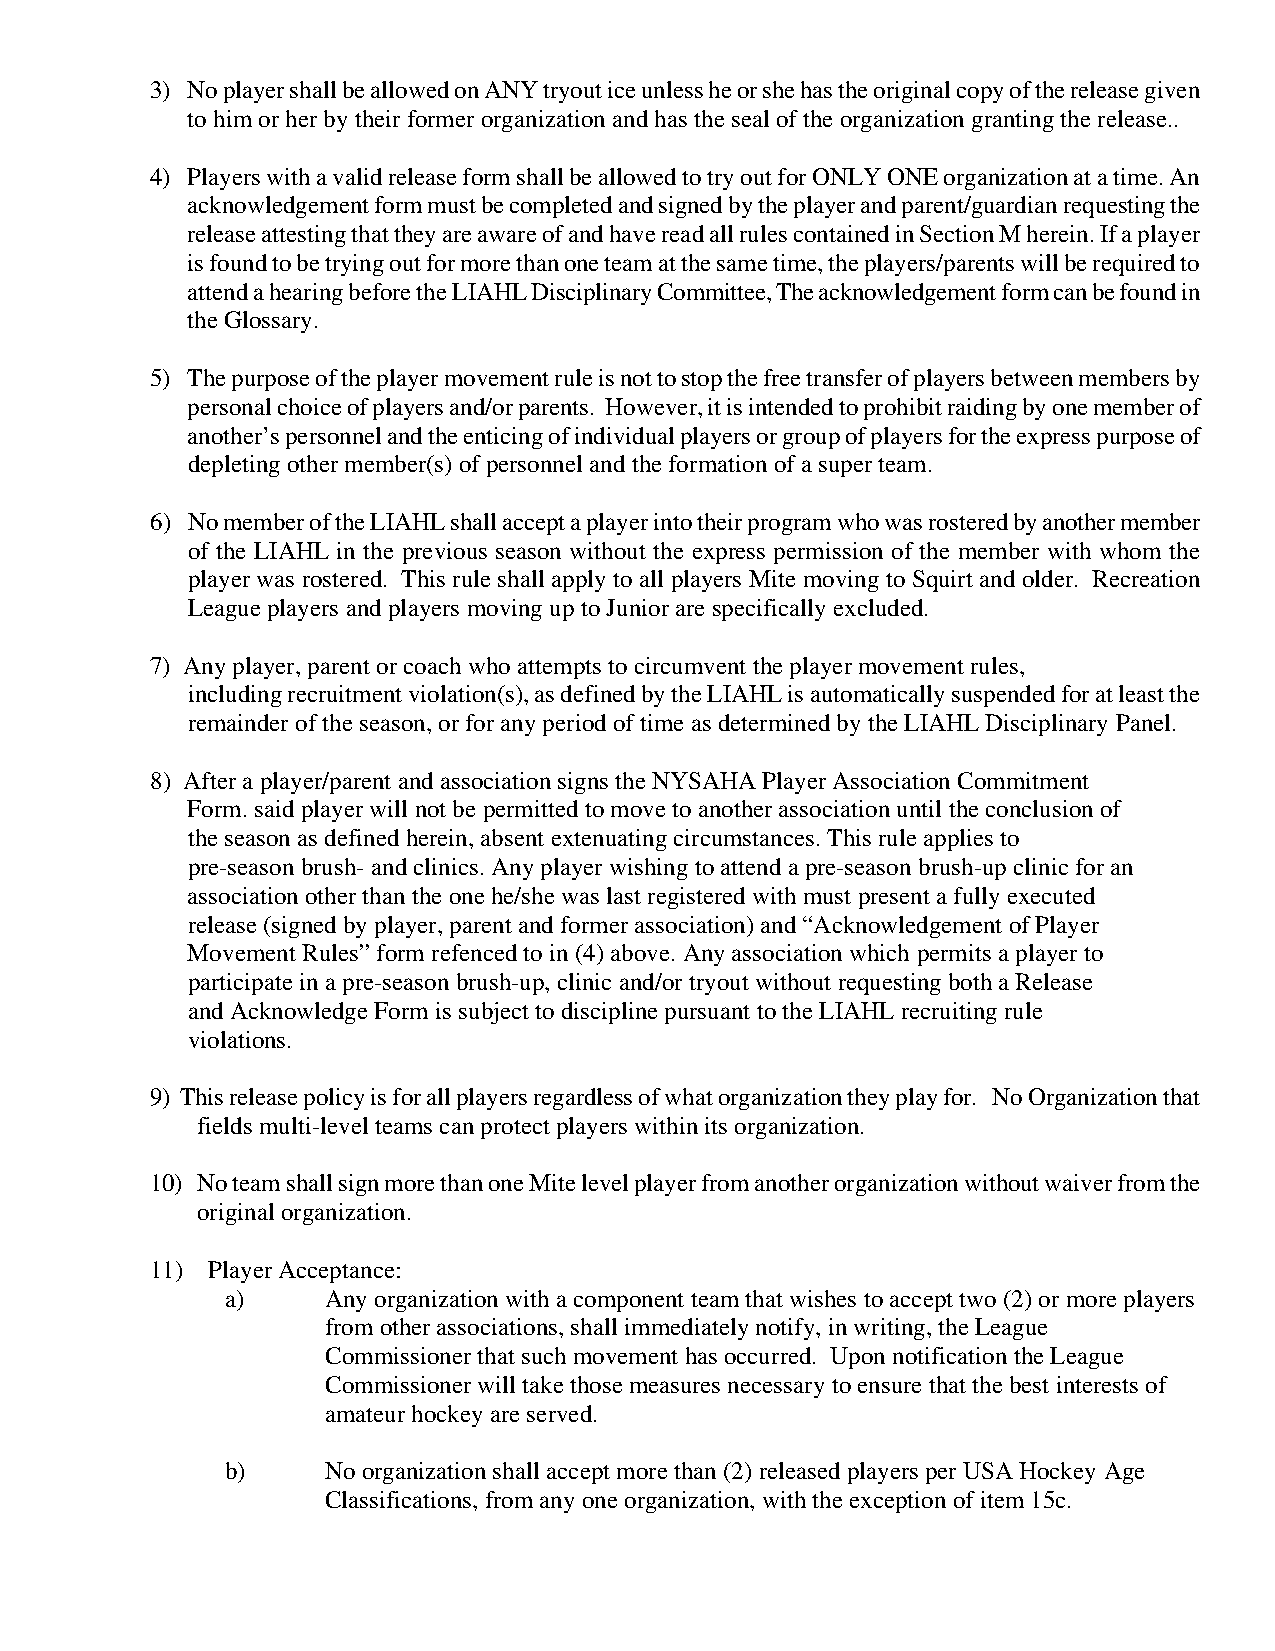
3) No player shall be allowed on ANY tryout ice unless he or she has the original copy of the release given
 to him or her by their former organization and has the seal of the organization granting the release..
 4) Players with a valid release form shall be allowed to try out for ONLY ONE organization at a time. An
 acknowledgement form must be completed and signed by the player and parent/guardian requesting the
 release attesting that they are aware of and have read all rules contained in Section M herein. If a player
 is found to be trying out for more than one team at the same time, the players/parents will be required to
 attend a hearing before the LIAHL Disciplinary Committee, The acknowledgement form can be found in
 the Glossary.
 5) The purpose of the player movement rule is not to stop the free transfer of players between members by
 personal choice of players and/or parents. However, it is intended to prohibit raiding by one member of
 another’s personnel and the enticing of individual players or group of players for the express purpose of
 depleting other member(s) of personnel and the formation of a super team.
 6) No member of the LIAHL shall accept a player into their program who was rostered by another member
 of the LIAHL in the previous season without the express permission of the member with whom the
 player was rostered. This rule shall apply to all players Mite moving to Squirt and older. Recreation
 League players and players moving up to Junior are specifically excluded.
 7) Any player, parent or coach who attempts to circumvent the player movement rules,
 including recruitment violation(s), as defined by the LIAHL is automatically suspended for at least the
 remainder of the season, or for any period of time as determined by the LIAHL Disciplinary Panel.
 8) After a player/parent and association signs the NYSAHA Player Association Commitment
 Form. said player will not be permitted to move to another association until the conclusion of
 the season as defined herein, absent extenuating circumstances. This rule applies to
 pre-season brush- and clinics. Any player wishing to attend a pre-season brush-up clinic for an
 association other than the one he/she was last registered with must present a fully executed
 release (signed by player, parent and former association) and “Acknowledgement of Player
 Movement Rules” form refenced to in (4) above. Any association which permits a player to
 participate in a pre-season brush-up, clinic and/or tryout without requesting both a Release
 and Acknowledge Form is subject to discipline pursuant to the LIAHL recruiting rule
 violations.
 9) This release policy is for all players regardless of what organization they play for. No Organization that
 fields multi-level teams can protect players within its organization.
 10) No team shall sign more than one Mite level player from another organization without waiver from the
 original organization.
 11) Player Acceptance:
 a)     Any organization with a component team that wishes to accept two (2) or more players
 from other associations, shall immediately notify, in writing, the League
 Commissioner that such movement has occurred. Upon notification the League
 Commissioner will take those measures necessary to ensure that the best interests of
 amateur hockey are served.
 b)     No organization shall accept more than (2) released players per USA Hockey Age
 Classifications, from any one organization, with the exception of item 15c.